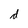
Character: d